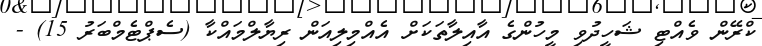
ކްރޭން ވެއްޓި ޝަހީދުވި މީހުންގެ އާއިލާތަކަށް އެއްމިލިއަަން ރިޔާލްމައްކާ (ސެޕްޓެމްބަރު 15) -